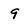
Character: 9